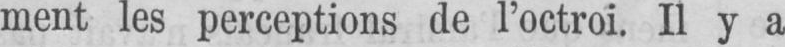
ment les perceptions de l’octroi. Il y a